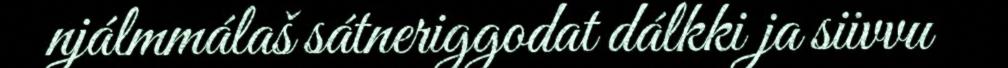
njálmmálaš sátneriggodat dálkki ja siivvu